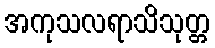
အကုသလရာသိသုတ္တ